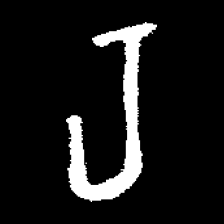
Pyu character \u2014 Myanmar letter: ရ (romanized: ra)